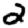
Digit: 2